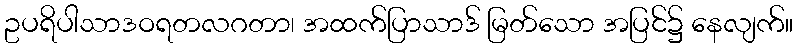
ဥပရိပါသာဒဝရတလဂတာ၊ အထက်ပြာသာဒ် မြတ်သော အပြင်၌ နေလျက်။